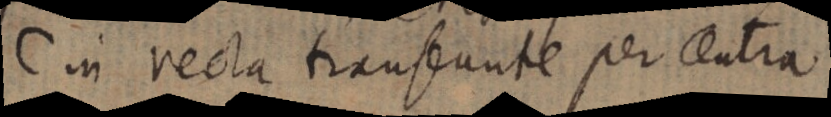
C in recta transunte per centra